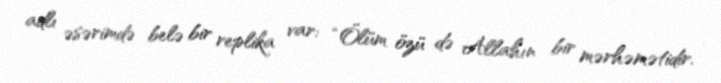
adlı əsərimdə belə bir replika var: “Ölüm özü də Allahın bir mərhəmətidir.